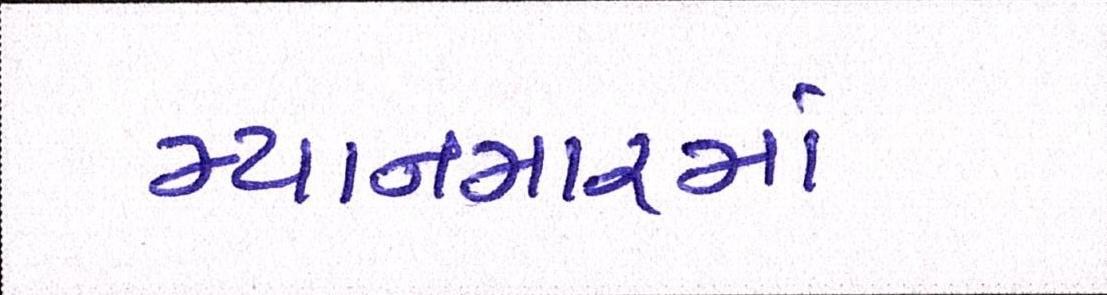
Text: મ્યાનમારમાં